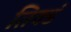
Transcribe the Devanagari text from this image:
तिक्डं